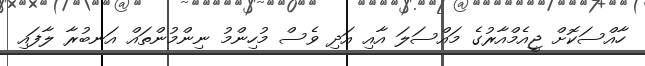
ހާއްސަކޮށް ޖީއެމްއާރުގެ މައްސަލަ އާއި އަދި ވެސް މުހިންމު ނިންމުންތައް އަނބުރާ ލާފައި